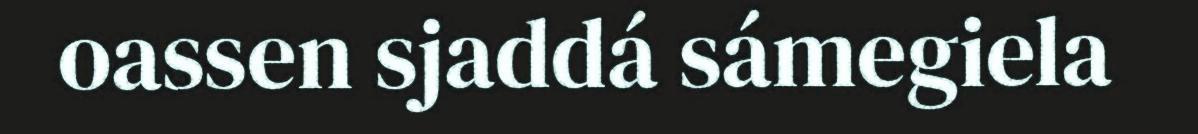
oassen sjaddá sámegiela